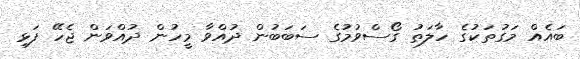
ބައެއް މަގުތަކުގެ ހާލަތު ގޯސްވުމުގެ ސަބަބުން ދުއްވާ މީހުން ދުއްވަން ޖެހޭ ފަޅި